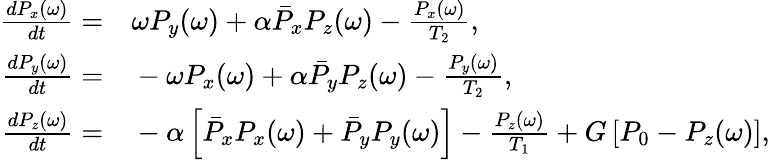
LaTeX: \begin{array}{rl}{\frac{dP_{x}(\omega)}{dt}=}&{{}\omega P_{y}(\omega)+\alpha\bar{P}_{x}P_{z}(\omega)-\frac{P_{x}(\omega)}{T_{2}},}\\ {\frac{dP_{y}(\omega)}{dt}=}&{{}-\omega P_{x}(\omega)+\alpha\bar{P}_{y}P_{z}(\omega)-\frac{P_{y}(\omega)}{T_{2}},}\\ {\frac{dP_{z}(\omega)}{dt}=}&{{}-\alpha\left[\bar{P}_{x}P_{x}(\omega)+\bar{P}_{y}P_{y}(\omega)\right]-\frac{P_{z}(\omega)}{T_{1}}+G\left[P_{0}-P_{z}(\omega)\right],}\end{array}